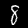
Label: 8